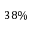
3 8 \%